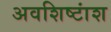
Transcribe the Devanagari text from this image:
अवशिष्टांश